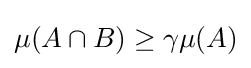
\mu (A\cap B)\geq \gamma \mu (A)